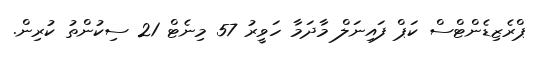
ޕްރެޒިޑެންޓްސް ކަޕް ފައިނަލް މާދަމާ ހަވީރު 57 މިނެޓް 21 ސިކުންތު ކުރިން.